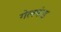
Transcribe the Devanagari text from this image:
गेलफंड